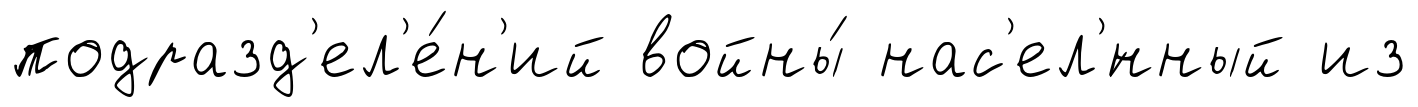
подразд'ел'е́н'ий войны́ нас'ел'́нный из